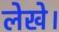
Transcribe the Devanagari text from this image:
लेखे।